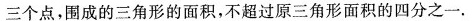
三个点，围成的三角形的面积，不超过原三角形面积的四分之一.